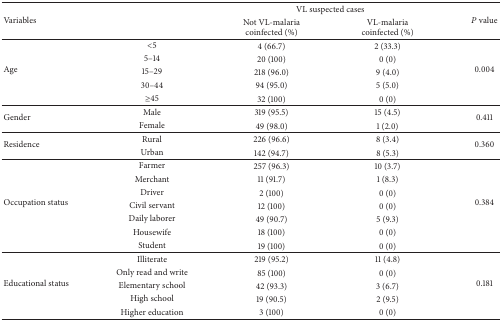
<table><thead><tr><td rowspan="2"><b>Variables</b></td><td rowspan="2"><b> </b></td><td colspan="2"><b> VL suspected cases</b></td><td rowspan="2"><b><i>P</i> value</b></td></tr><tr><td><b>Not VL-malariacoinfected (%)</b></td><td><b>VL-malariacoinfected (%)</b></td></tr></thead><tbody><tr><td rowspan="5">Age</td><td>&lt;5</td><td>4 (66.7)</td><td>2 (33.3)</td><td rowspan="5">0.004</td></tr><tr><td>5–14</td><td>20 (100)</td><td>0 (0)</td></tr><tr><td>15–29</td><td>218 (96.0)</td><td>9 (4.0)</td></tr><tr><td>30–44</td><td>94 (95.0)</td><td>5 (5.0)</td></tr><tr><td>≥45</td><td>32 (100)</td><td>0 (0)</td></tr><tr><td rowspan="2">Gender</td><td>Male</td><td>319 (95.5)</td><td>15 (4.5)</td><td rowspan="2">0.411</td></tr><tr><td>Female</td><td>49 (98.0)</td><td>1 (2.0)</td></tr><tr><td rowspan="2">Residence</td><td>Rural</td><td>226 (96.6)</td><td>8 (3.4)</td><td rowspan="2">0.360</td></tr><tr><td>Urban</td><td>142 (94.7)</td><td>8 (5.3)</td></tr><tr><td rowspan="7">Occupation status</td><td>Farmer</td><td>257 (96.3)</td><td>10 (3.7)</td><td rowspan="7">0.384</td></tr><tr><td>Merchant</td><td>11 (91.7)</td><td>1 (8.3)</td></tr><tr><td>Driver</td><td>2 (100)</td><td>0 (0)</td></tr><tr><td>Civil servant</td><td>12 (100)</td><td>0 (0)</td></tr><tr><td>Daily laborer</td><td>49 (90.7)</td><td>5 (9.3)</td></tr><tr><td>Housewife</td><td>18 (100)</td><td>0 (0)</td></tr><tr><td>Student</td><td>19 (100)</td><td>0 (0)</td></tr><tr><td rowspan="5">Educational status</td><td>Illiterate</td><td>219 (95.2)</td><td>11 (4.8)</td><td rowspan="5">0.181</td></tr><tr><td>Only read and write</td><td>85 (100)</td><td>0 (0)</td></tr><tr><td>Elementary school</td><td>42 (93.3)</td><td>3 (6.7)</td></tr><tr><td>High school</td><td>19 (90.5)</td><td>2 (9.5)</td></tr><tr><td>Higher education</td><td>3 (100)</td><td>0 (0)</td></tr></tbody></table>